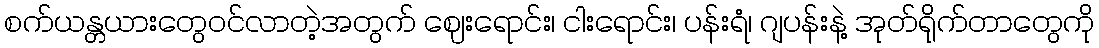
စက်ယန္တယားတွေဝင်လာတဲ့အတွက် ဈေးရောင်း၊ ငါးရောင်း၊ ပန်းရံ၊ ဂျပန်းနဲ့ အုတ်ရိုက်တာတွေကို